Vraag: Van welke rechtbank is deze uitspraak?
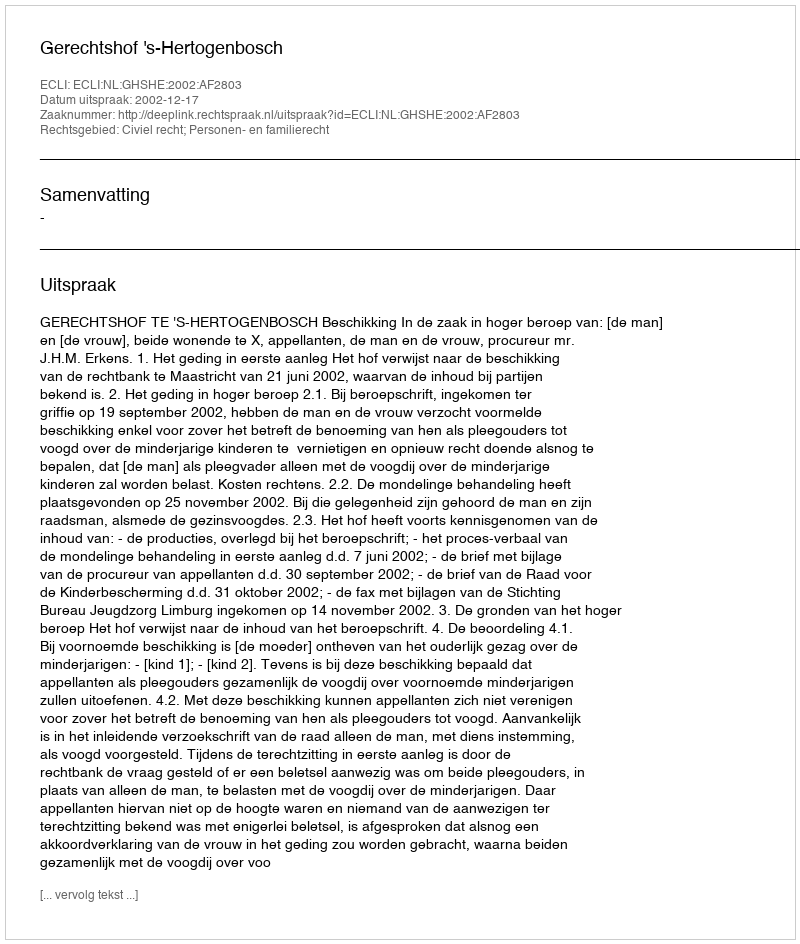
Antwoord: Gerechtshof 's-Hertogenbosch